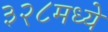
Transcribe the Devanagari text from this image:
३२८मध्ये